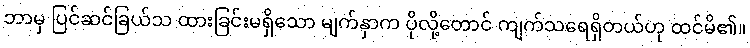
ဘာမှ ပြင်ဆင်ခြယ်သ ထားခြင်းမရှိသော မျက်နှာက ပိုလို့တောင် ကျက်သရေရှိတယ်ဟု ထင်မိ၏။